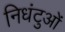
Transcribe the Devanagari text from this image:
निधंटुओं